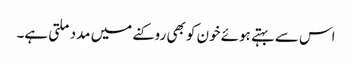
اس سے بہتے ہوئے خون کو بھی روکنے میں مدد ملتی ہے۔